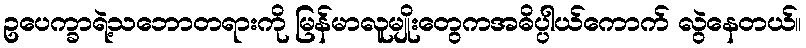
ဥပေက္ခာရဲ့သဘောတရားကို မြန်မာလူမျိုးတွေကအဓိပ္ပါယ်ကောက် လွဲနေတယ်။